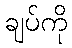
ချပ်ကို